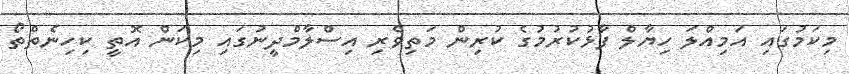
މިކަމުގައި އަމިއްލަ ހިޔާލް ފާޅުކުރުމުގެ ކުރިން މަތިވެރި އިސްލާމްދީނުގައި މިކަން އޮތީ ކިހިނެތްތޯ